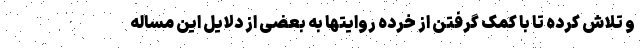
و تلاش کرده تا با کمک گرفتن از خرده روایتها به بعضی از دلایل این مساله